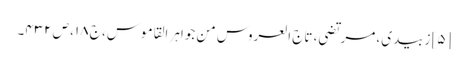
[۵] زبیدی، مرتضی، تاج العروس من جواہر القاموس، ج ۱۸، ص ۴۳۲۔